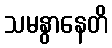
သမနွာနေတိ